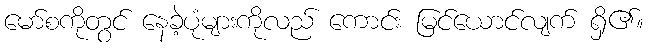
မော်စကိုတွင် နေခဲ့ပုံများကိုလည် ကောင်း မြင်ယောင်လျက် ရှိ၏။